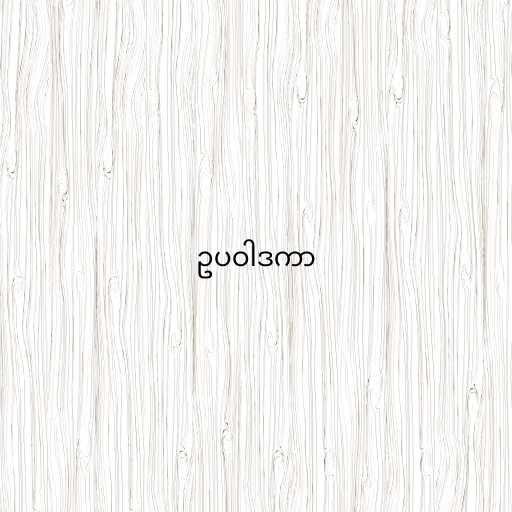
ဥပဝါဒကာ